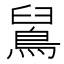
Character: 䳔